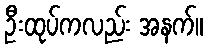
ဦးထုပ်ကလည်း အနက်။